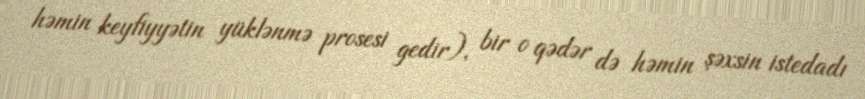
həmin keyfiyyətin yüklənmə prosesi gedir), bir o qədər də həmin şəxsin istedadı